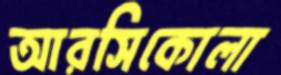
আরসিকোলা